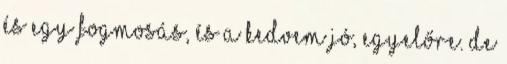
és egy fogmosás, és a kedvem jó, egyelőre. De